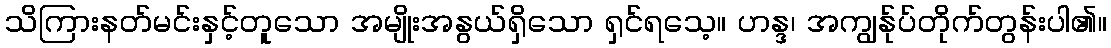
သိကြားနတ်မင်းနှင့်တူသော အမျိုးအနွယ်ရှိသော ရှင်ရသေ့။ ဟန္ဒ၊ အကျွန်ုပ်တိုက်တွန်းပါ၏။